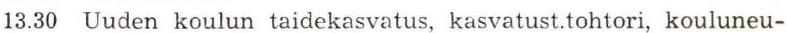
13.30  Uuden koulun taidekasvatus, kasvatust.tohtori, kouluneu-